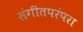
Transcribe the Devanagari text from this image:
संगीतपरंपरा